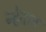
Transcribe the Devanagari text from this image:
न्हेतात